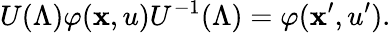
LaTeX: U(\Lambda)\varphi(\mathbf{x},u)U^{-1}(\Lambda)=\varphi(\mathbf{x}^{\prime},u^{\prime}).